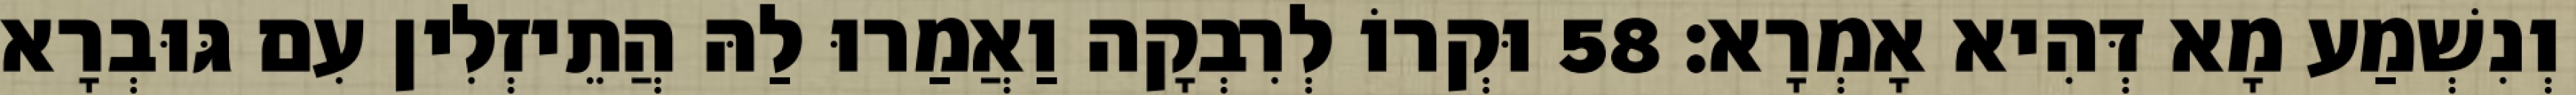
וְנִשְׁמַע מָא דְּהִיא אָמְרָא׃ 58 וּקְרוֹ לְרִבְקָה וַאֲמַרוּ לַהּ הֲתֵיזְלִין עִם גּוּבְרָא